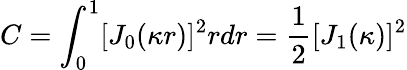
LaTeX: C=\int_{0}^{1}[J_{0}(\kappa r)]^{2}rdr=\frac{1}{2}[J_{1}(\kappa)]^{2}